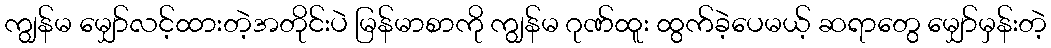
ကျွန်မ မျှော်လင့်ထားတဲ့အတိုင်းပဲ မြန်မာစာကို ကျွန်မ ဂုဏ်ထူး ထွက်ခဲ့ပေမယ့် ဆရာတွေ မျှော်မှန်းတဲ့